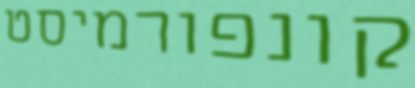
קונפורמיסט